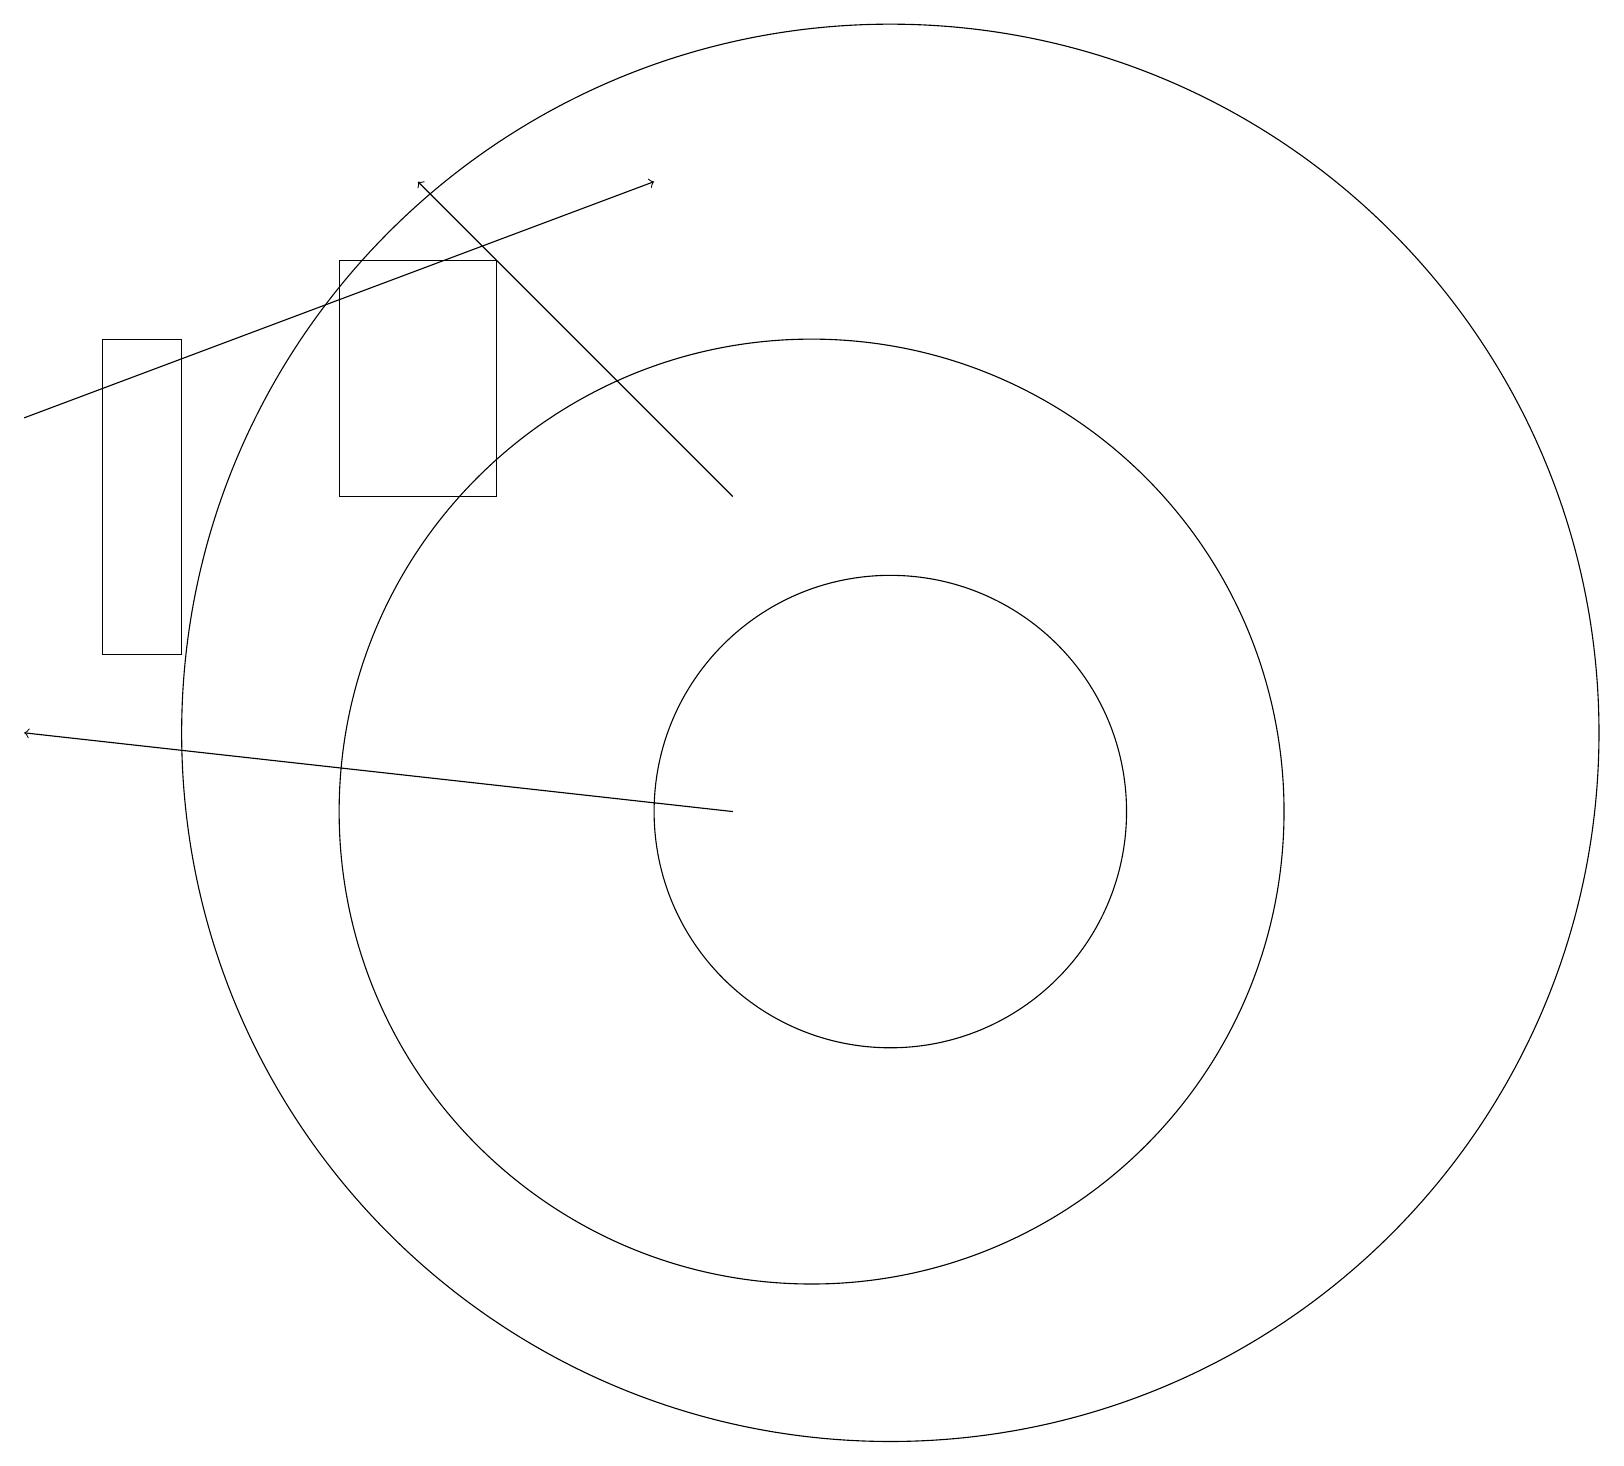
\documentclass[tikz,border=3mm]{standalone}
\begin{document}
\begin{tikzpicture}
\draw (6,17) rectangle (4,14);
\draw (11,11) circle (9);
\draw (10,10) circle (6);
\draw[->] (9,10) -- (0,11);
\draw[->] (9,14) -- (5,18);
\draw (1,12) rectangle (2,16);
\draw (11,10) circle (3);
\draw[->] (0,15) -- (8,18);
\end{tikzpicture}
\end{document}